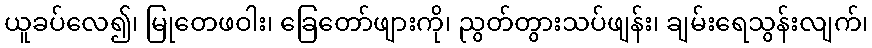
ယူခပ်လေ၍၊ မြုတေဖဝါး၊ ခြေတော်ဖျားကို၊ ညွတ်တွားသပ်ဖျန်း၊ ချမ်းရေသွန်းလျက်၊